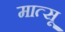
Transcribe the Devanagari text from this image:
मात्सू